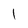
Character: 1